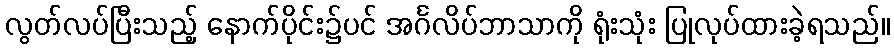
လွတ်လပ်ပြီးသည့် နောက်ပိုင်း၌ပင် အင်္ဂလိပ်ဘာသာကို ရုံးသုံး ပြုလုပ်ထားခဲ့ရသည်။